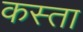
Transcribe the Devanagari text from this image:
कस्ता